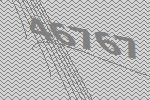
46767